Tartu_pedagoogiumi_aruanded, lk 81
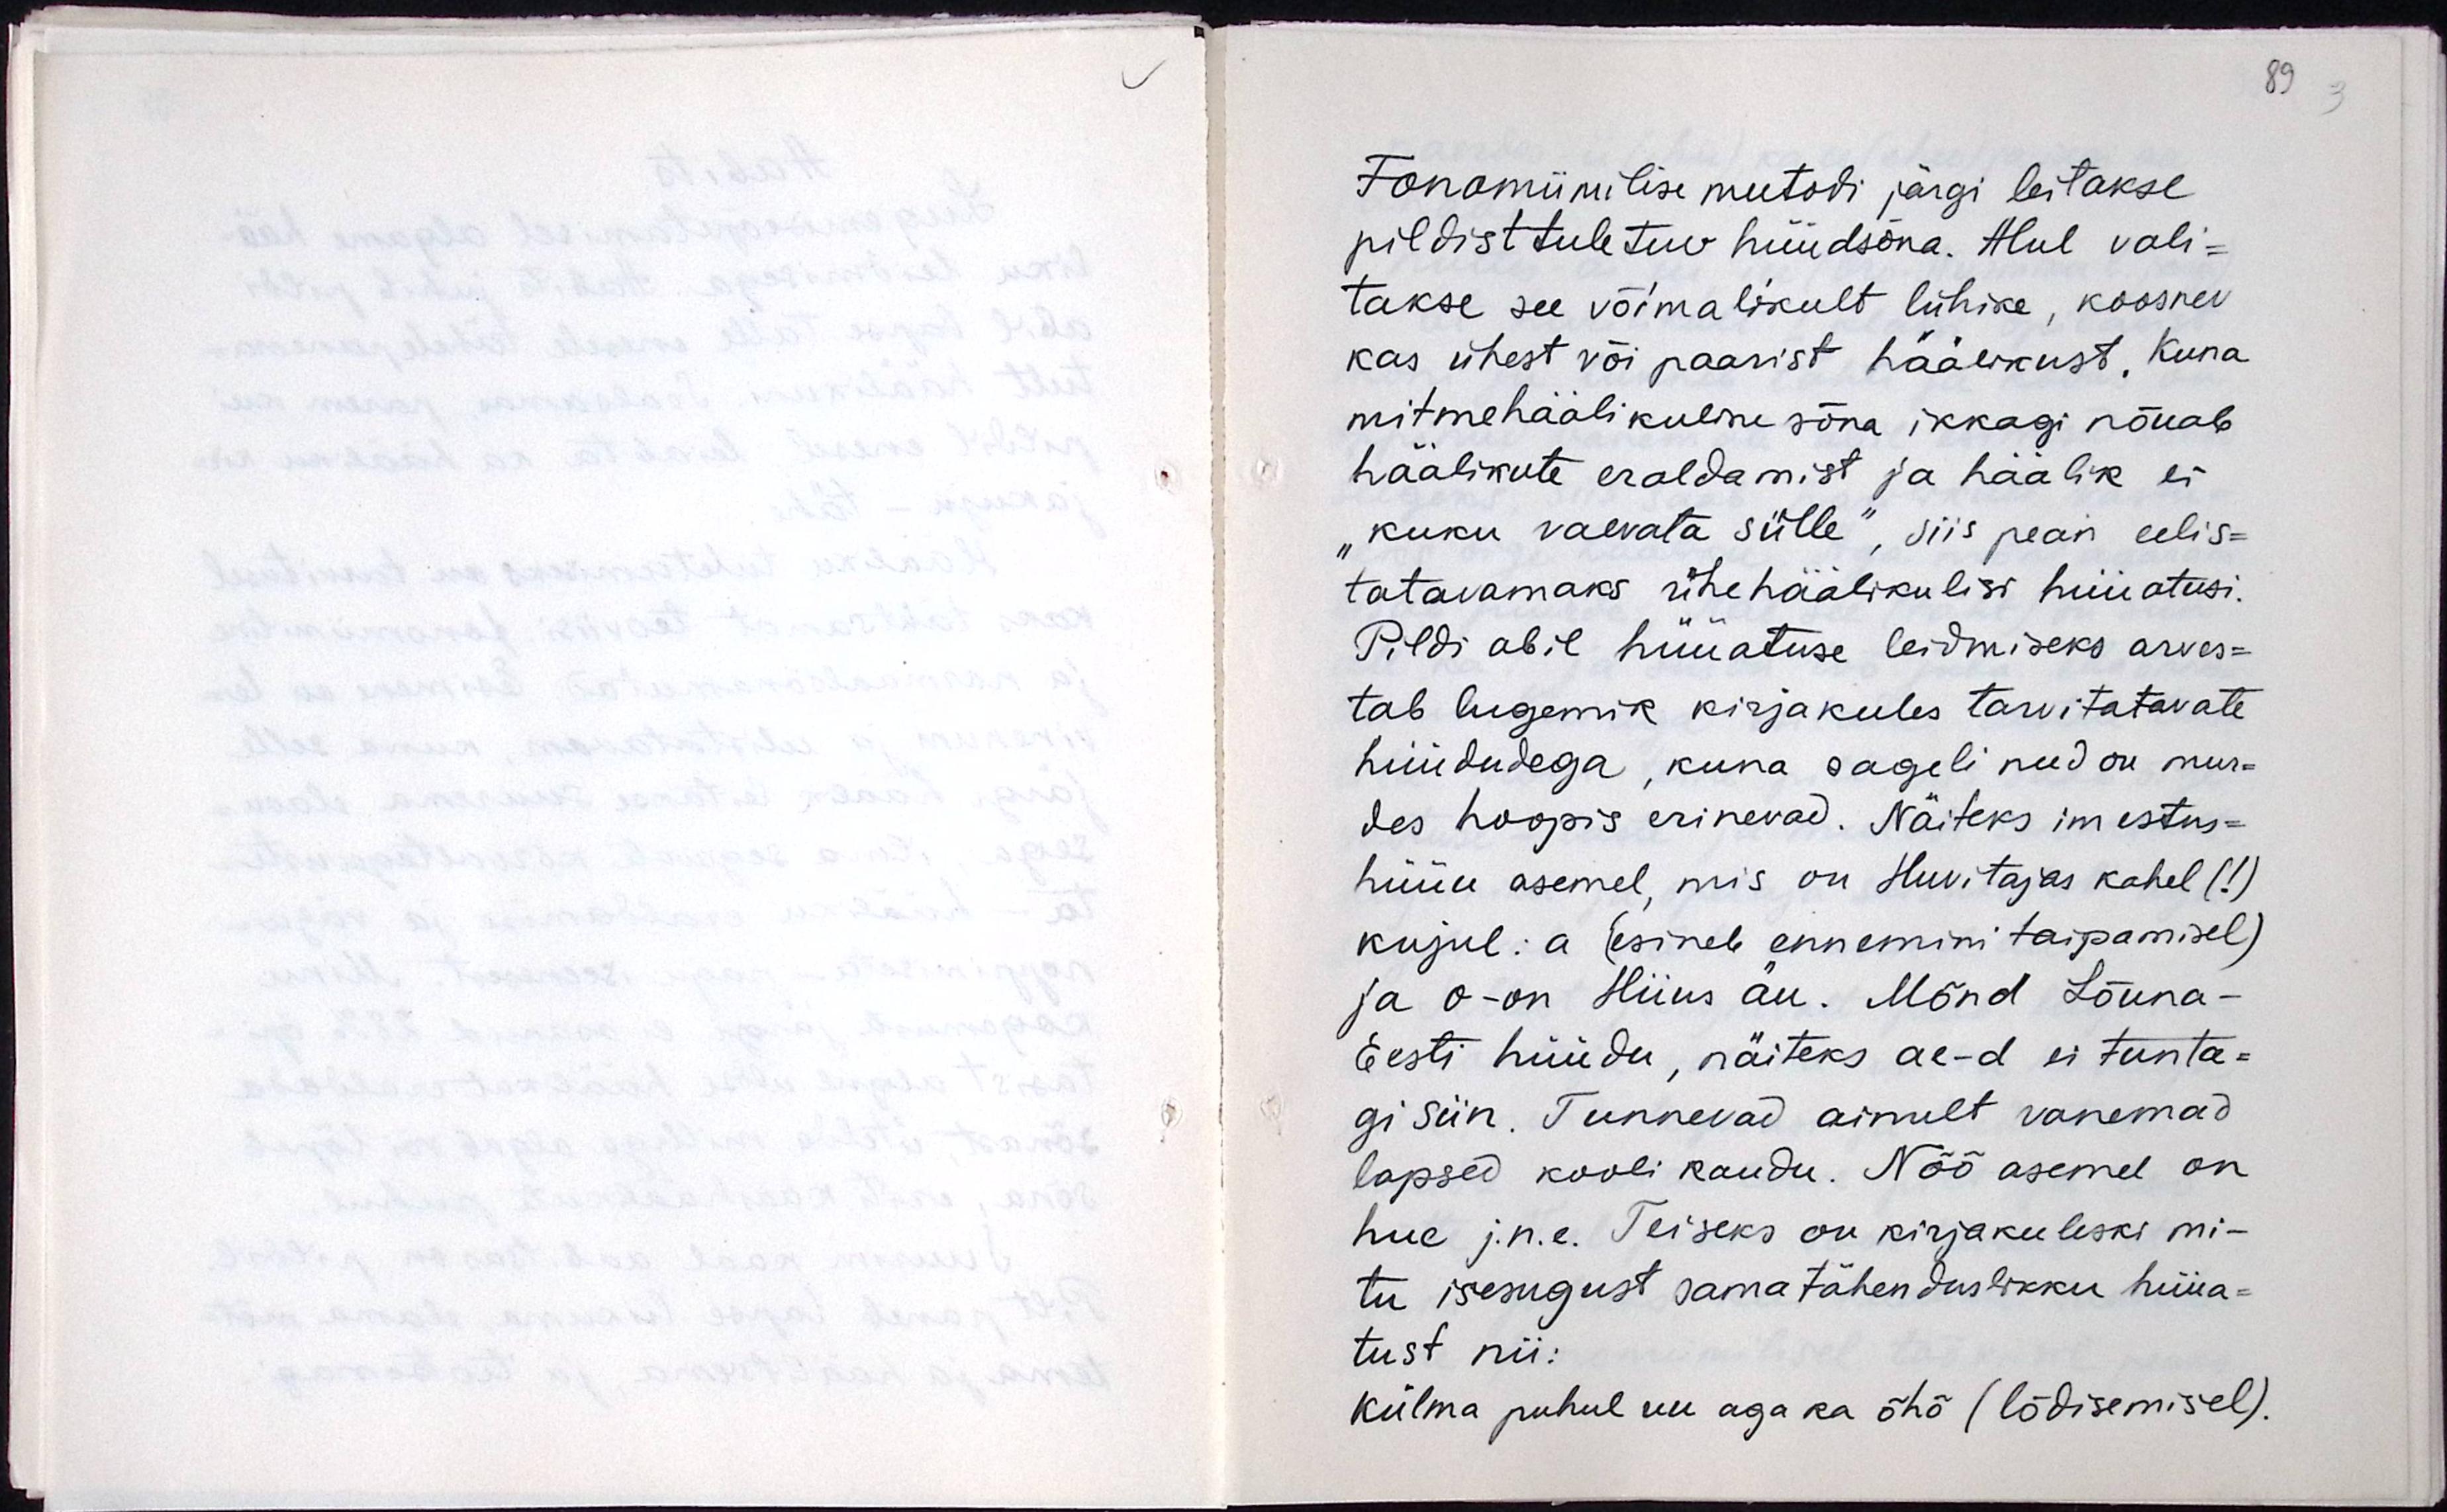
Fonomiimilise meetodi järgi leitakse
pildist tuletuv hüüdsõna. Alul vali-
takse see võimalikult lühike, koosnev
kas ühest või paarist häälikust. Kuna
mitmehäälikuline sõna ikkagi nõuab
häälikute eraldamist ja häälik ei
"kuku vaevata sülle", siis pean eelis-
tatavamaks ühehäälikulisi hüüatusi.
Pildi abil hüüatuse leidmiseks arves-
tab lugemik kirjakeeles tarvitavate
hüüdudega, kuna sageli need on mur-
des hoopis einevad. Näiteks imestus-
hüüu asemel, mis on Huvitajaks kahel (!)
kujul: a (esineb ennemini taipamisel)
ja o- on Hiius äu. Mõnd Lõuna-
Eesti hüüdu, näiteks ae-d ei tunta-
gi siin. Tunnevad ainult vanemad
lapsed kooli kaudu. Nõõ asemel on
hue j.n.e. Teiseks on kirjakeeleski mi-
tu isesugust samatähenduslikku hüüa-
tust nii:
külma puhul uu aga ka õhõ (lõdisemisel).